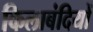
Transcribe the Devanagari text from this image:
किलाबंदियों